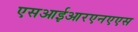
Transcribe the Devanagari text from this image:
एसआईआरएनएएस